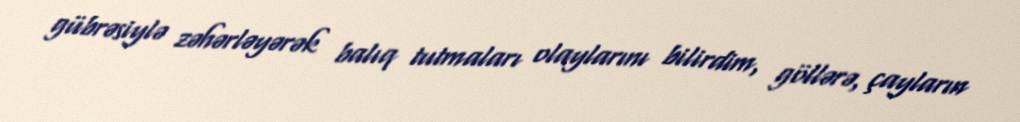
gübrəsiylə zəhərləyərək balıq tutmaları olaylarını bilirdim, göllərə, çayların